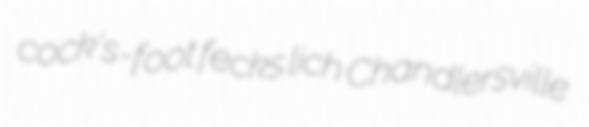
cock's-foot fecks lich Chandlersville